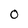
Character: O